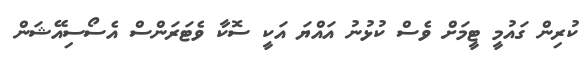
ކުރިން ގައުމީ ޓީމަށް ވެސް ކުޅުނު އައްޔަ އަކީ ސޮކާ ވެޓަރަންސް އެސޯސިއޭޝަން